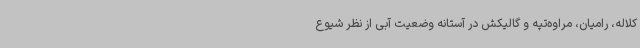
کلاله، رامیان، مراوه‌تپه و گالیکش در آستانه وضعیت آبی از نظر شیوع